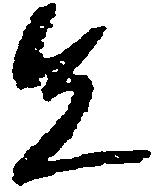
先